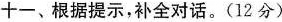
十一、根据提示,补全对话.(12分)